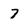
Character: 7